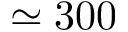
\simeq 3 0 0